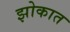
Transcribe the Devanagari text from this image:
झोकात